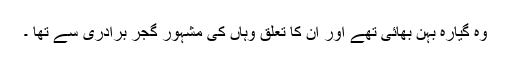
وہ گیارہ بہن بھائی تھے اور ان کا تعلق وہاں کی مشہور گجر برادری سے تھا ۔